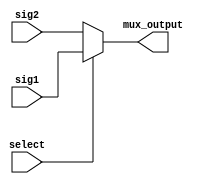
/*
* Copyright 2016-2020 MATRIX Labs
* MATRIX Labs  [http://creator.matrix.one]
*          Kevin Patio    <kevin.patino@admobilize.com>        
*
* This file is part of MATRIX Creator HDL for Spartan 6
*
* MATRIX Creator HDL is like free software: you can redistribute
* it and/or modify it under the terms of the GNU General Public License
* as published by the Free Software Foundation, either version 3 of the
* License, or (at your option) any later version.

* This program is distributed in the hope that it will be useful, but
* WITHOUT ANY WARRANTY; without even the implied warranty of
* MERCHANTABILITY or FITNESS FOR A PARTICULAR PURPOSE.  See the GNU
* General Public License for more details.

* You should have received a copy of the GNU General Public License along
* with this program.  If not, see <http://www.gnu.org/licenses/>.
*/

module single_mux(
  input sig1,
  input sig2,
  input select,
  output reg mux_output);

always @(*)begin
  if (select)
    mux_output = sig1;
  else
    mux_output = sig2;
end


endmodule